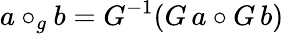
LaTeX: a\circ_{g}b=G^{-1}(G\, a\circ G\, b)